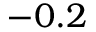
- 0 . 2